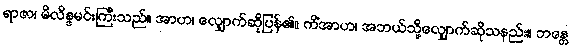
ရာဇာ၊ မိလိန္ဒမင်းကြီးသည်။ အာဟ၊ လျှောက်ဆိုပြန်၏။ ကိံအာဟ၊ အဘယ်သို့လျှောက်ဆိုသနည်း။ ဘန္တေ